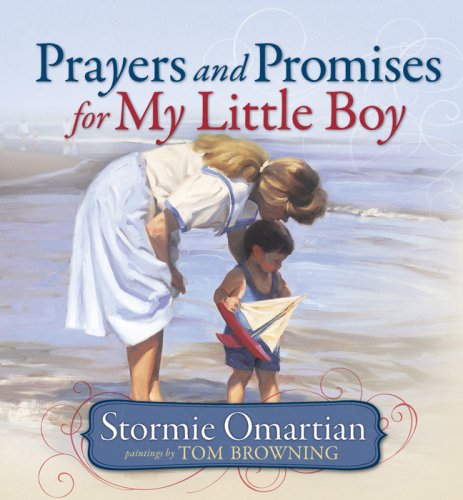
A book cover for Prayers and Promises for My Little Boy; Stormie Omartian; Children's Books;